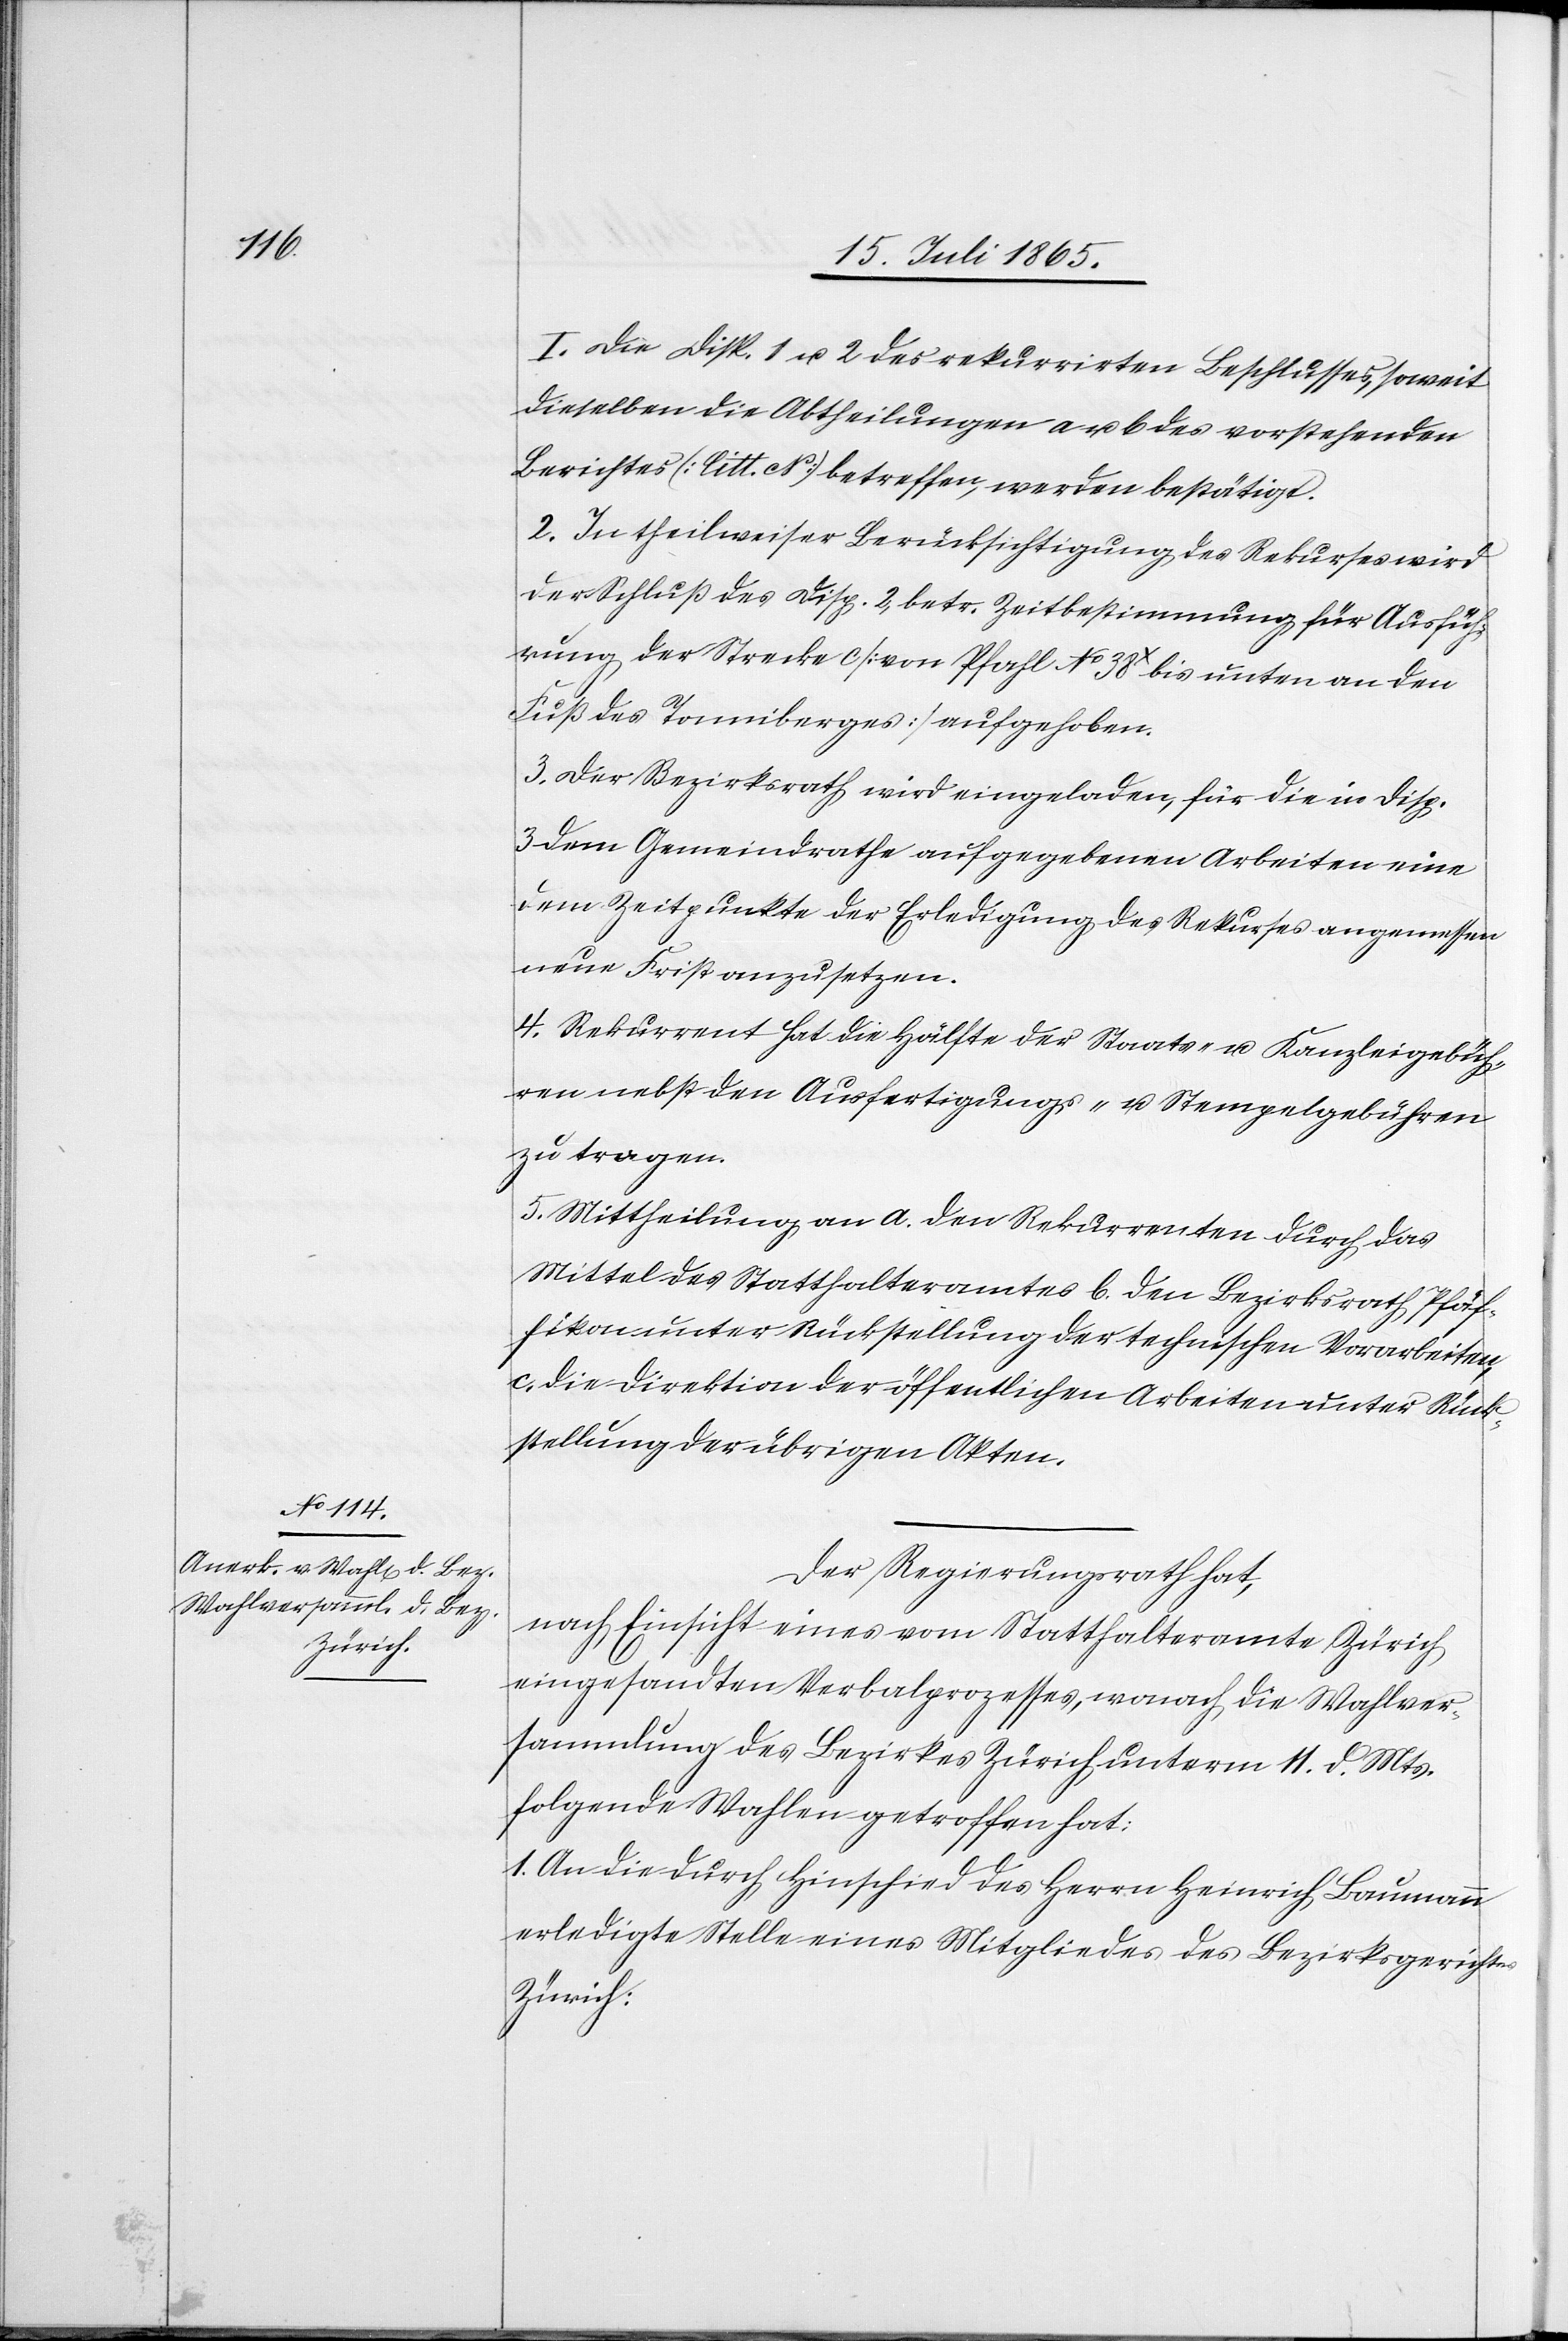
I. Die Disp. 1 u. 2 des rekurrirten Beschlusses, soweit
dieselben die Abtheilungen a u. b des vorstehenden
Berichtes [litt. N] betreffen, werden bestätigt.
2. In theilweiser Berücksichtigung des Rekurses wird
der Schluß des Disp. 2, betr. Zeitbestimmung für Ausfüh¬
rung der Strecke c [von Pfahl No 38X bis unten an den
Fuß des Tonniberges] aufgehoben.
3. Der Bezirksrath wird eingeladen, für die in Disp.
3 dem Gemeindrathe aufgegebenen Arbeiten eine
dem Zeitpunkte der Erledigung des Rekurses angemessen[e]
neue Frist anzusetzen.
4. Rekurrent hat die Hälfte der Staats- u. Kanzleigebüh¬
ren nebst den Ausfertigungs- u. Stempelgebühren
zu tragen.
5. Mittheilung an a. den Rekurrenten durch das
Mittel des Statthalteramtes[,] b. den Bezirksrath Pfäf¬
fikon unter Rückstellung der technischen Vorarbeiten,
c. die Direktion der öffentlichen Arbeiten unter Rück¬
stellung der übrigen Akten.
Der Regierungsrath hat,
nach Einsicht eines vom Statthalteramte Zürich
eingesandten Verbalprozesses, wonach die Wahlver¬
sammlung des Bezirkes Zürich unterm 11. d. Mts.
folgende Wahlen getroffen hat:
1. An die durch Hinschied des Herrn Heinrich Baumann
erledigte Stelle eines Mitgliedes des Bezirksgerich¬
Zürich:

tes